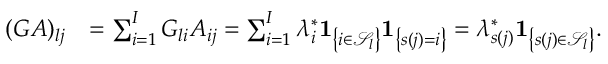
\begin{array} { r l } { ( G A ) _ { l j } } & { = \sum _ { i = 1 } ^ { I } G _ { l i } A _ { i j } = \sum _ { i = 1 } ^ { I } \lambda _ { i } ^ { * } \mathbf { 1 } _ { \left\{ i \in \mathcal { S } _ { l } \right\} } \mathbf { 1 } _ { \left\{ s ( j ) = i \right\} } = \lambda _ { s ( j ) } ^ { * } \mathbf { 1 } _ { \left\{ s ( j ) \in \mathcal { S } _ { l } \right\} } . } \end{array}